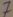
Text: 7